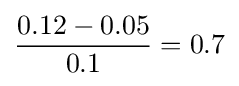
{\frac {0.12-0.05}{0.1}}=0.7